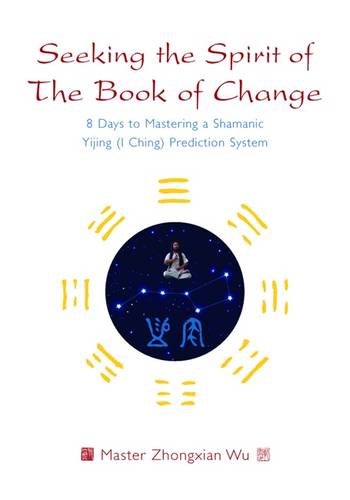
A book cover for Seeking the Spirit of the Book of Change: 8 Days to Mastering a Shamanic Yijing (I Ching) Prediction System; Zhongxian Wu; Religion & Spirituality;